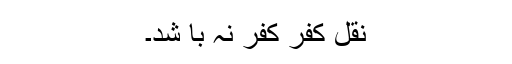
نقل کفر کفر نہ با شد۔